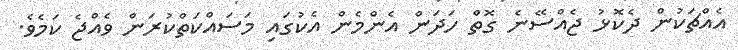
އެއްޗަކުން ދެކޮޅު ޖެއްސޭނެ ގޮތް ހަދަން އެންމެން އެކުގައި މަސައްކަތްކުރަން ވެއްޖެ ކަމެވެ.